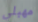
مهبلي